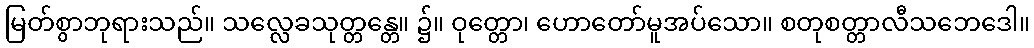
မြတ်စွာဘုရားသည်။ သလ္လေခသုတ္တန္တေ။ ၌။ ဝုတ္တော၊ ဟောတော်မူအပ်သော။ စတုစတ္တာလီသဘေဒေါ။